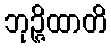
ဘုဉ္ဇိထာတိ